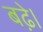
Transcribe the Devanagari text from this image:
बढे़।